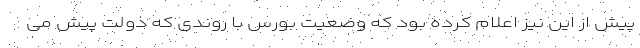
پیش از این نیز اعلام کرده بود که وضعیت بورس با روندی که دولت پیش می